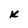
Character: k